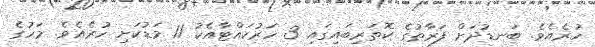
ހުރެއެވެ. ބަނޑުދަށް ފަރާތުގެ ކޮތަރިބައިގައި 3 ހަރުކައްޓާއެކު 11 މަޑުކަށި ހުރެއެވެ. މަހުގެ